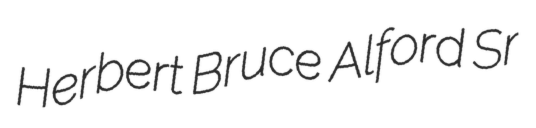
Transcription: Herbert Bruce Alford Sr